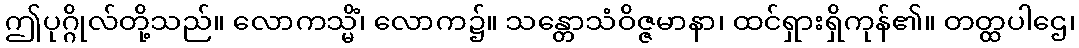
ဤပုဂ္ဂိုလ်တို့သည်။ လောကသ္မိံ၊ လောက၌။ သန္တောသံဝိဇ္ဇမာနာ၊ ထင်ရှားရှိကုန်၏။ တတ္ထပါဌေ၊